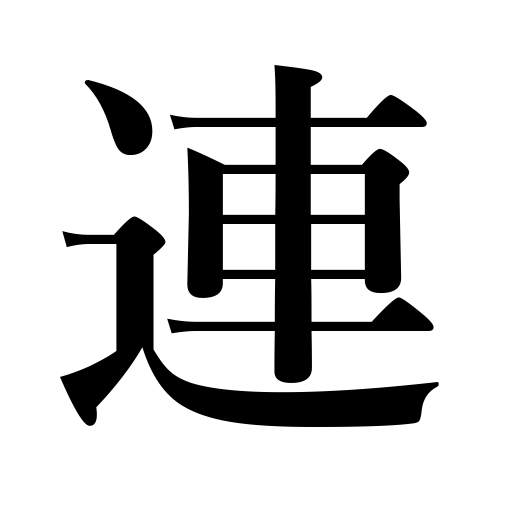
Meanings: attend,range,take someone along,join,clique,join one's people in death,ream,set,put in a row,gang,company,be connected with,stand in a row,series counter,party